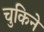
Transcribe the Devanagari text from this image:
चुकिने